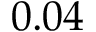
0 . 0 4